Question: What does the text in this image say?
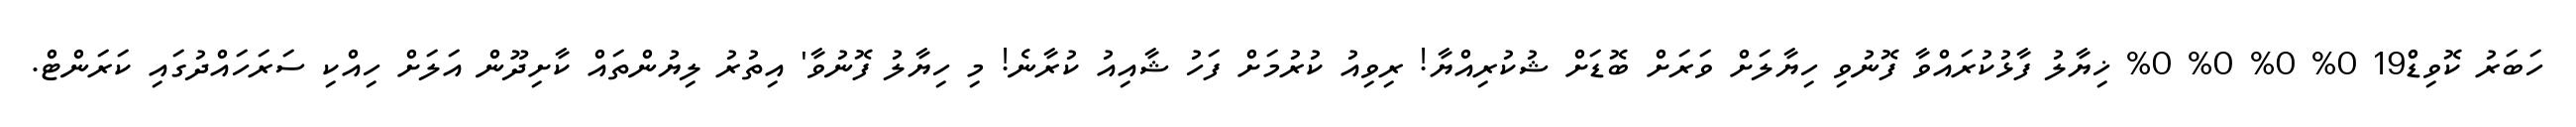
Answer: ހަބަރު ކޮވިޑް19 0% 0% 0% 0% ޚިޔާލު ފާޅުކުރައްވާ ފޮނުވި ހިޔާލަށް ވަރަށް ބޮޑަށް ޝުކުރިއްޔާ! ރިވިއު ކުރުމަށް ފަހު ޝާއިއު ކުރާނެ! މި ހިޔާލު ފޮނުވާ' އިތުރު ލިޔުންތައް ކާށިދޫން އަލަށް ހިއްކި ސަރަހައްދުގައި ކަރަންޓް.